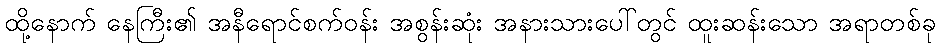
ထို့နောက် နေကြီး၏ အနီရောင်စက်ဝန်း အစွန်းဆုံး အနားသားပေါ်တွင် ထူးဆန်းသော အရာတစ်ခု